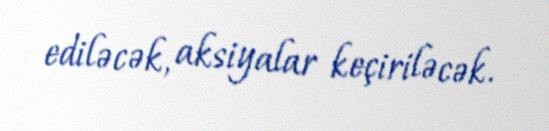
ediləcək, aksiyalar keçiriləcək.